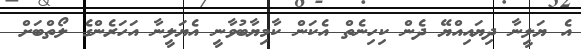
އެ ޔަލީނާ ދިޔައިއްޔޭ ދެން ކިހިނެތް އެކަން ކާމިޔާބުވާނީ އެޔަލީނާ އަހަރެންގެ ލޯތްބަށް